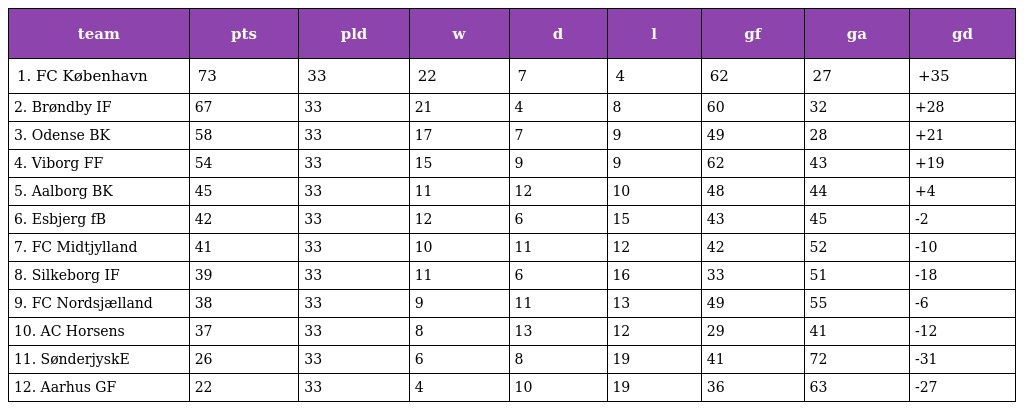
| team | pts | pld | w | d | l | gf | ga | gd |
 | --- | --- | --- | --- | --- | --- | --- | --- | --- |
 | 1. FC København | 73 | 33 | 22 | 7 | 4 | 62 | 27 | +35 |
 | 2. Brøndby IF | 67 | 33 | 21 | 4 | 8 | 60 | 32 | +28 |
 | 3. Odense BK | 58 | 33 | 17 | 7 | 9 | 49 | 28 | +21 |
 | 4. Viborg FF | 54 | 33 | 15 | 9 | 9 | 62 | 43 | +19 |
 | 5. Aalborg BK | 45 | 33 | 11 | 12 | 10 | 48 | 44 | +4 |
 | 6. Esbjerg fB | 42 | 33 | 12 | 6 | 15 | 43 | 45 | -2 |
 | 7. FC Midtjylland | 41 | 33 | 10 | 11 | 12 | 42 | 52 | -10 |
 | 8. Silkeborg IF | 39 | 33 | 11 | 6 | 16 | 33 | 51 | -18 |
 | 9. FC Nordsjælland | 38 | 33 | 9 | 11 | 13 | 49 | 55 | -6 |
 | 10. AC Horsens | 37 | 33 | 8 | 13 | 12 | 29 | 41 | -12 |
 | 11. SønderjyskE | 26 | 33 | 6 | 8 | 19 | 41 | 72 | -31 |
 | 12. Aarhus GF | 22 | 33 | 4 | 10 | 19 | 36 | 63 | -27 |